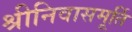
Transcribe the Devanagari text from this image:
श्रीनिवासमूर्ति